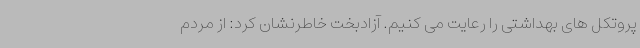
پروتکل های بهداشتی را رعایت می کنیم. آزادبخت خاطرنشان کرد: از مردم